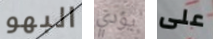
البهو يؤدي على